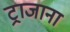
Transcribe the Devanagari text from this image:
ट्राजाना